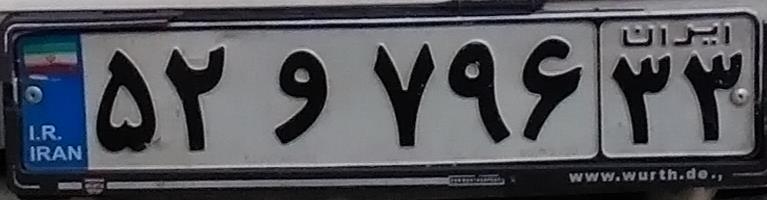
۵۲و۷۹۶۳۳